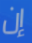
إن